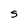
Character: s